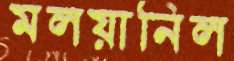
মলয়ানিল